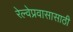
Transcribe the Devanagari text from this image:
रेल्वेप्रवासासाठी